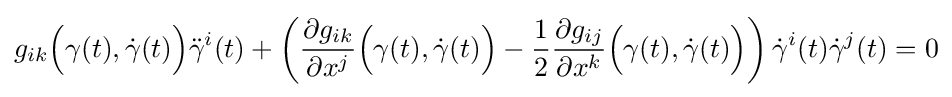
g_{ik}{\Big (}\gamma (t),{\dot {\gamma }}(t){\Big )}{\ddot {\gamma }}^{i}(t)+\left({\frac {\partial g_{ik}}{\partial x^{j}}}{\Big (}\gamma (t),{\dot {\gamma }}(t){\Big )}-{\frac {1}{2}}{\frac {\partial g_{ij}}{\partial x^{k}}}{\Big (}\gamma (t),{\dot {\gamma }}(t){\Big )}\right){\dot {\gamma }}^{i}(t){\dot {\gamma }}^{j}(t)=0